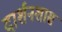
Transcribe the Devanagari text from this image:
दार्शनशास्र